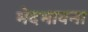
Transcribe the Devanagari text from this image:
भेदभावना